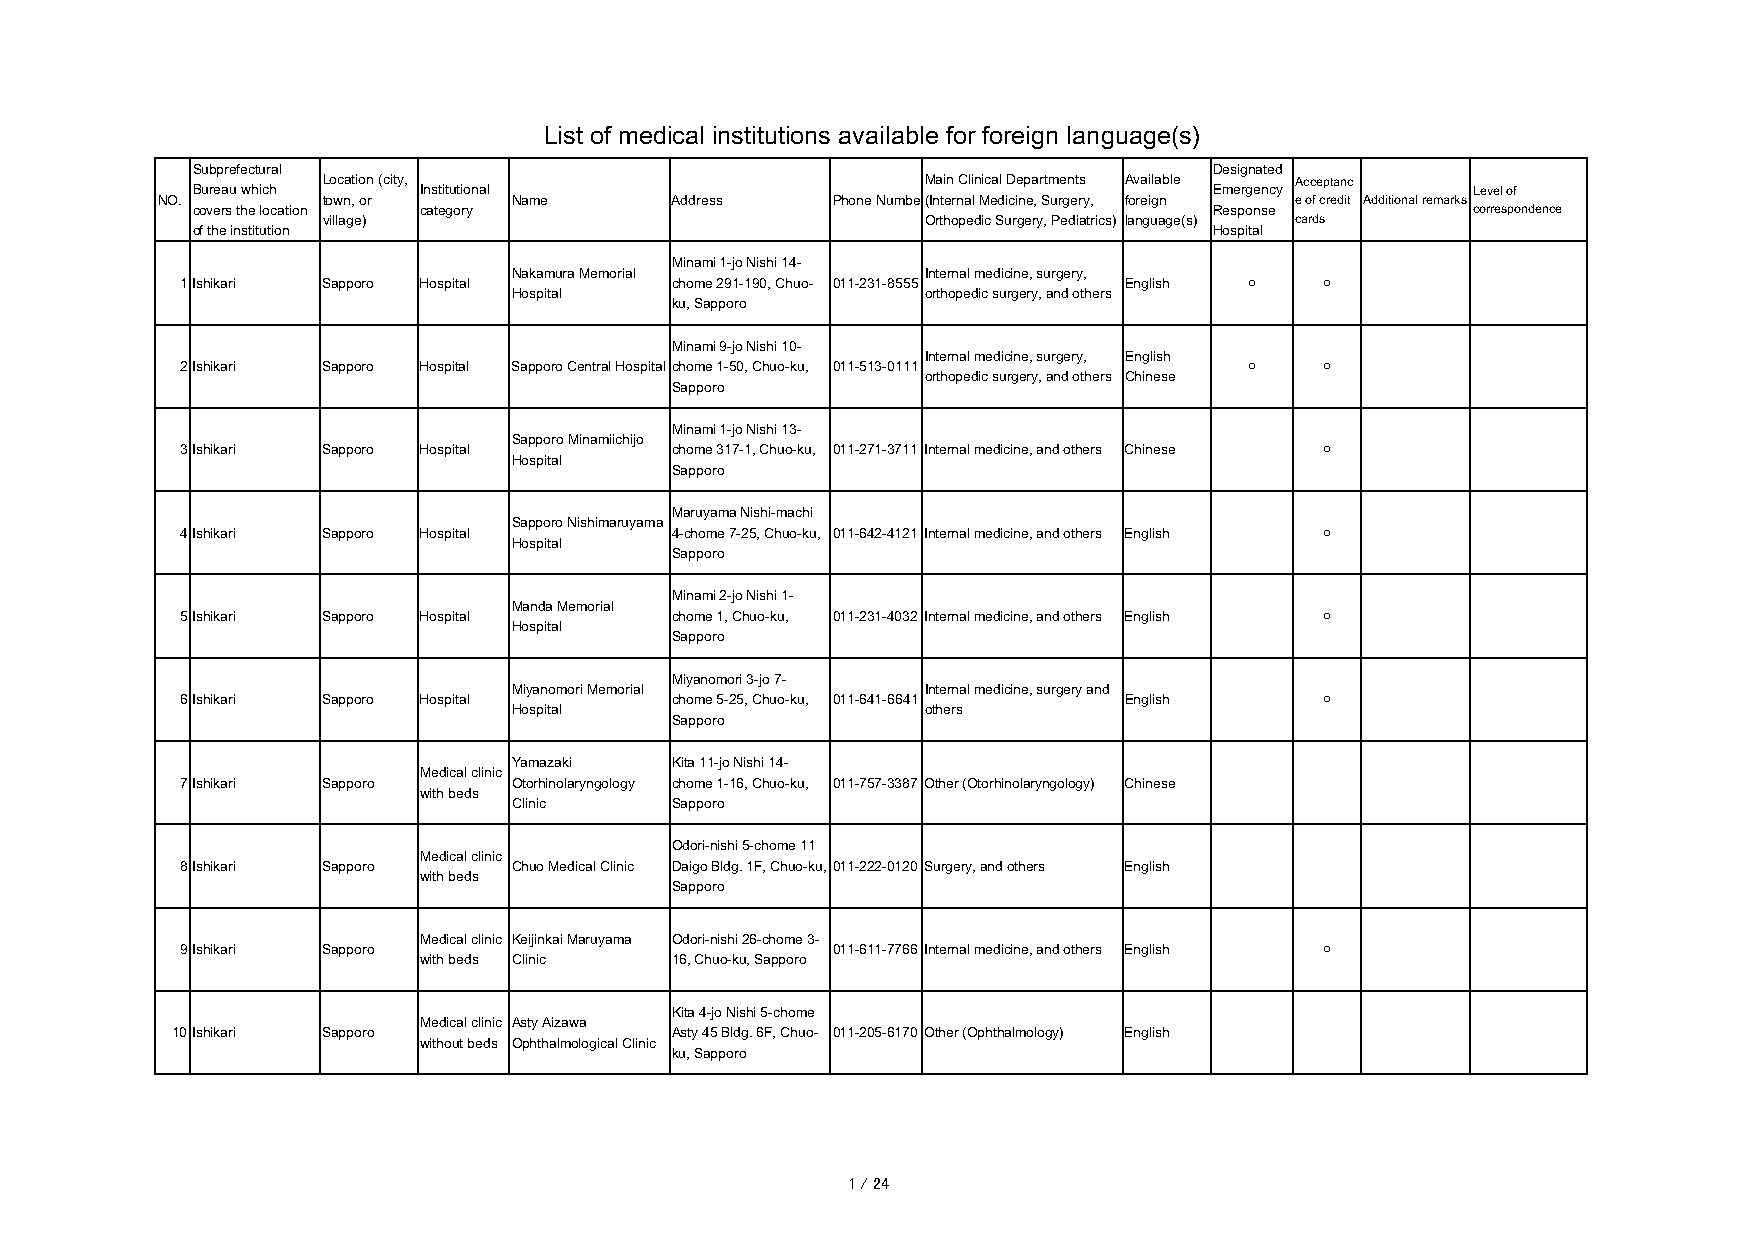
List of medical institutions available for foreign language(s)
 Subprefectural                                                     Designated
 Location (city,                         Main Clinical Departments Available Acceptanc
 Bureau which   Institutional                                       Emergency        Level of
 NO.        town, or     Name      Address    Phone Number(Internal Medicine, Surgery, foreign e of credit Additional remarks
 covers the location category                                       Response         correspondence
 village)                                Orthopedic Surgery, Pediatrics) language(s) cards
 of the institution                                                 Hospital
 Minami 1-jo Nishi 14-
 Nakamura Memorial          Internal medicine, surgery,
 1Ishikari Sapporo Hospital      chome 291-190, Chuo- 011-231-8555 English ○ ○
 Hospital                   orthopedic surgery, and others
 ku, Sapporo
 Minami 9-jo Nishi 10-
 Internal medicine, surgery, English
 2Ishikari Sapporo Hospital Sapporo Central Hospital chome 1-50, Chuo-ku, 011-513-0111 ○ ○
 orthopedic surgery, and others Chinese
 Sapporo
 Minami 1-jo Nishi 13-
 Sapporo Minamiichijo
 3Ishikari Sapporo Hospital      chome 317-1, Chuo-ku, 011-271-3711 Internal medicine, and others Chinese ○
 Hospital
 Sapporo
 Maruyama Nishi-machi
 Sapporo Nishimaruyama
 4Ishikari Sapporo Hospital      4-chome 7-25, Chuo-ku, 011-642-4121 Internal medicine, and others English ○
 Hospital
 Sapporo
 Minami 2-jo Nishi 1-
 Manda Memorial
 5Ishikari Sapporo Hospital      chome 1, Chuo-ku, 011-231-4032 Internal medicine, and others English ○
 Hospital
 Sapporo
 Miyanomori 3-jo 7-
 Miyanomori Memorial        Internal medicine, surgery and
 6Ishikari Sapporo Hospital      chome 5-25, Chuo-ku, 011-641-6641 English   ○
 Hospital                   others
 Sapporo
 Yamazaki  Kita 11-jo Nishi 14-
 Medical clinic
 7Ishikari Sapporo     Otorhinolaryngology chome 1-16, Chuo-ku, 011-757-3387 Other (Otorhinolaryngology) Chinese
 with beds
 Clinic    Sapporo
 Odori-nishi 5-chome 11
 Medical clinic
 8Ishikari Sapporo     Chuo Medical Clinic Daigo Bldg. 1F, Chuo-ku,011-222-0120 Surgery, and others English
 with beds
 Sapporo
 Medical clinic Keijinkai Maruyama Odori-nishi 26-chome 3-
 9Ishikari Sapporo                          011-611-7766 Internal medicine, and others English ○
 with beds Clinic 16, Chuo-ku, Sapporo
 Kita 4-jo Nishi 5-chome
 Medical clinic Asty Aizawa
 10Ishikari Sapporo               Asty 45 Bldg. 6F, Chuo- 011-205-6170 Other (Ophthalmology) English
 without beds Ophthalmological Clinic
 ku, Sapporo
 1 / 24